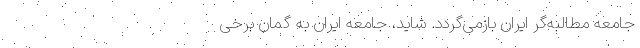
جامعه مطالبه‌گر ایران بازمی‌گردد. شاید، جامعه ایران به‌ گمان برخی